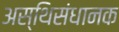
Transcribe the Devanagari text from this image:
अस्थिसंधानक